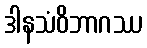
ဒါနသံဝိဘာဂဿ